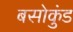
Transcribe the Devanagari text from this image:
बसोकुंड